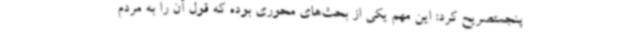
پنجمتصریح کرد: این مهم یکی از بحث‌های محوری بوده که قول آن را به مردم